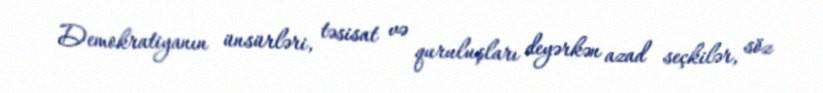
Demokratiyanın ünsürləri, təsisat və quruluşları deyərkən azad seçkilər, söz